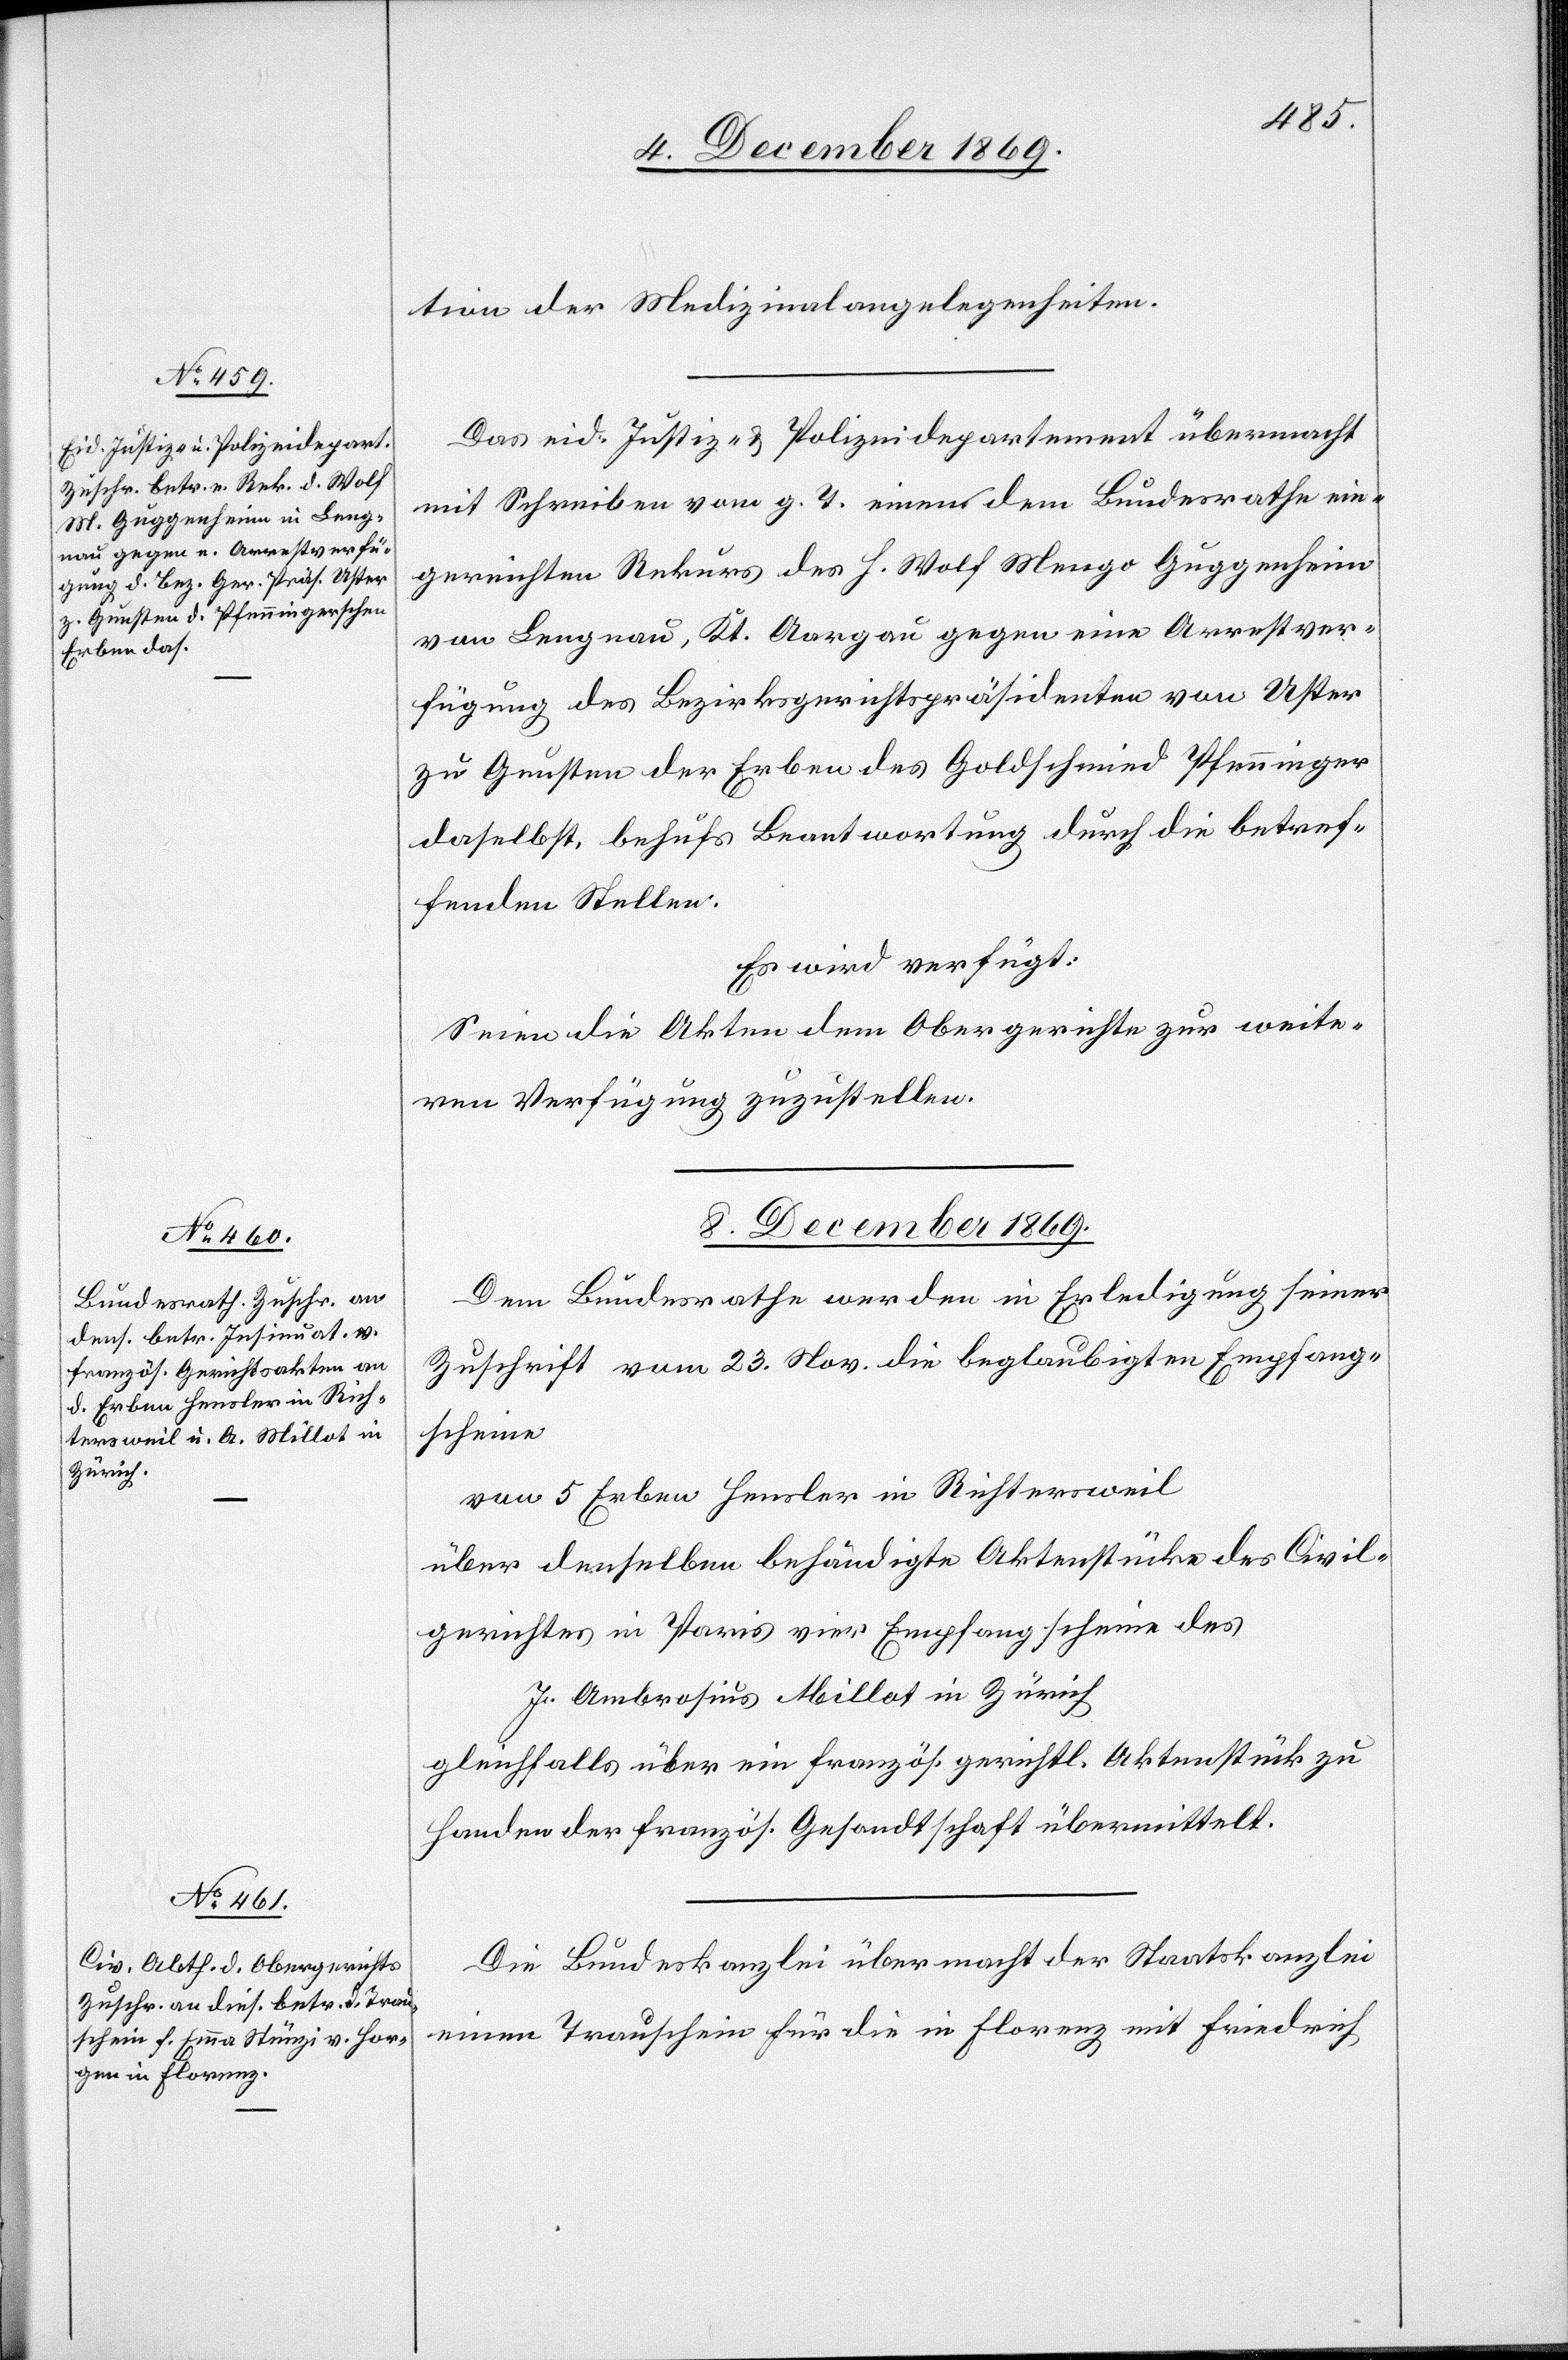
8. December 1869.]
tion der Medizinalangelegenheiten.
Das eid. Justiz- & Polizeidepartement übermacht
mit Schreiben vom g. T. einen dem Bundesrathe ein¬
gereichten Rekurs des h. Wolf Mengo Guggenheim
von Lengnau, Kt. Aargau gegen eine Arrestver¬
fügung des Bezirksgerichtspräsidenten von Uster
zu Gunsten der Erben des Goldschmied Pfenninger
daselbst, behufs Beantwortung durch die betref¬
fenden Stellen.
Es wird verfügt:
Seien die Akten dem Obergerichte zur weite¬
ren Verfügung zuzustellen.
Dem Bundesrathe werden in Erledigung seiner
Zuschrift vom 23. Nov. die beglaubigten Empfang¬
scheine
von 5 Erben Hensler in Richtersweil
über denselben behändigte Aktenstücke des Civil¬
gerichtes in Paris vier Empfangscheine des
J. Ambrosius Millot in Zürich
gleichfalls über ein französ. gerichtl. Aktenstück zu
Handen der französ. Gesandtschaft übermittelt.
Die Bundeskanzlei übermacht der Staatskanzlei
einen Trauschein für die in Florenz mit Friedrich